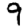
Digit: 9